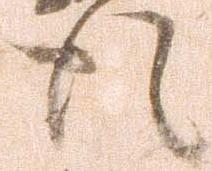
徒